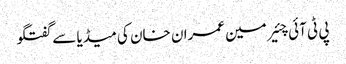
پی ٹی آئی چئیر مین عمران خان کی میڈیا سے گفتگو